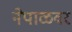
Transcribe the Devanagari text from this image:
नेपाळवर